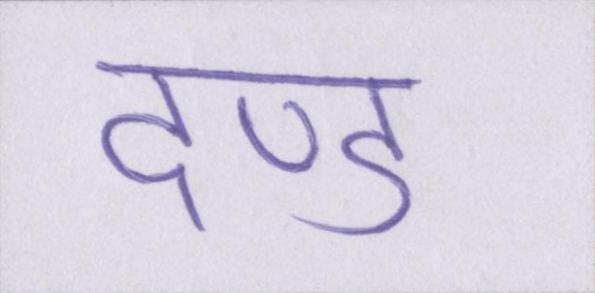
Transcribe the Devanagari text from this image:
दण्ड